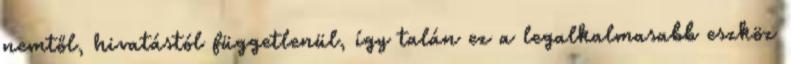
nemtől, hivatástól függetlenül, így talán ez a legalkalmasabb eszköz